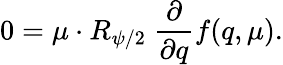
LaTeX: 0=\mu\cdot R_{\psi/2}\ {\frac{\partial}{\partial q}}f(q,\mu).